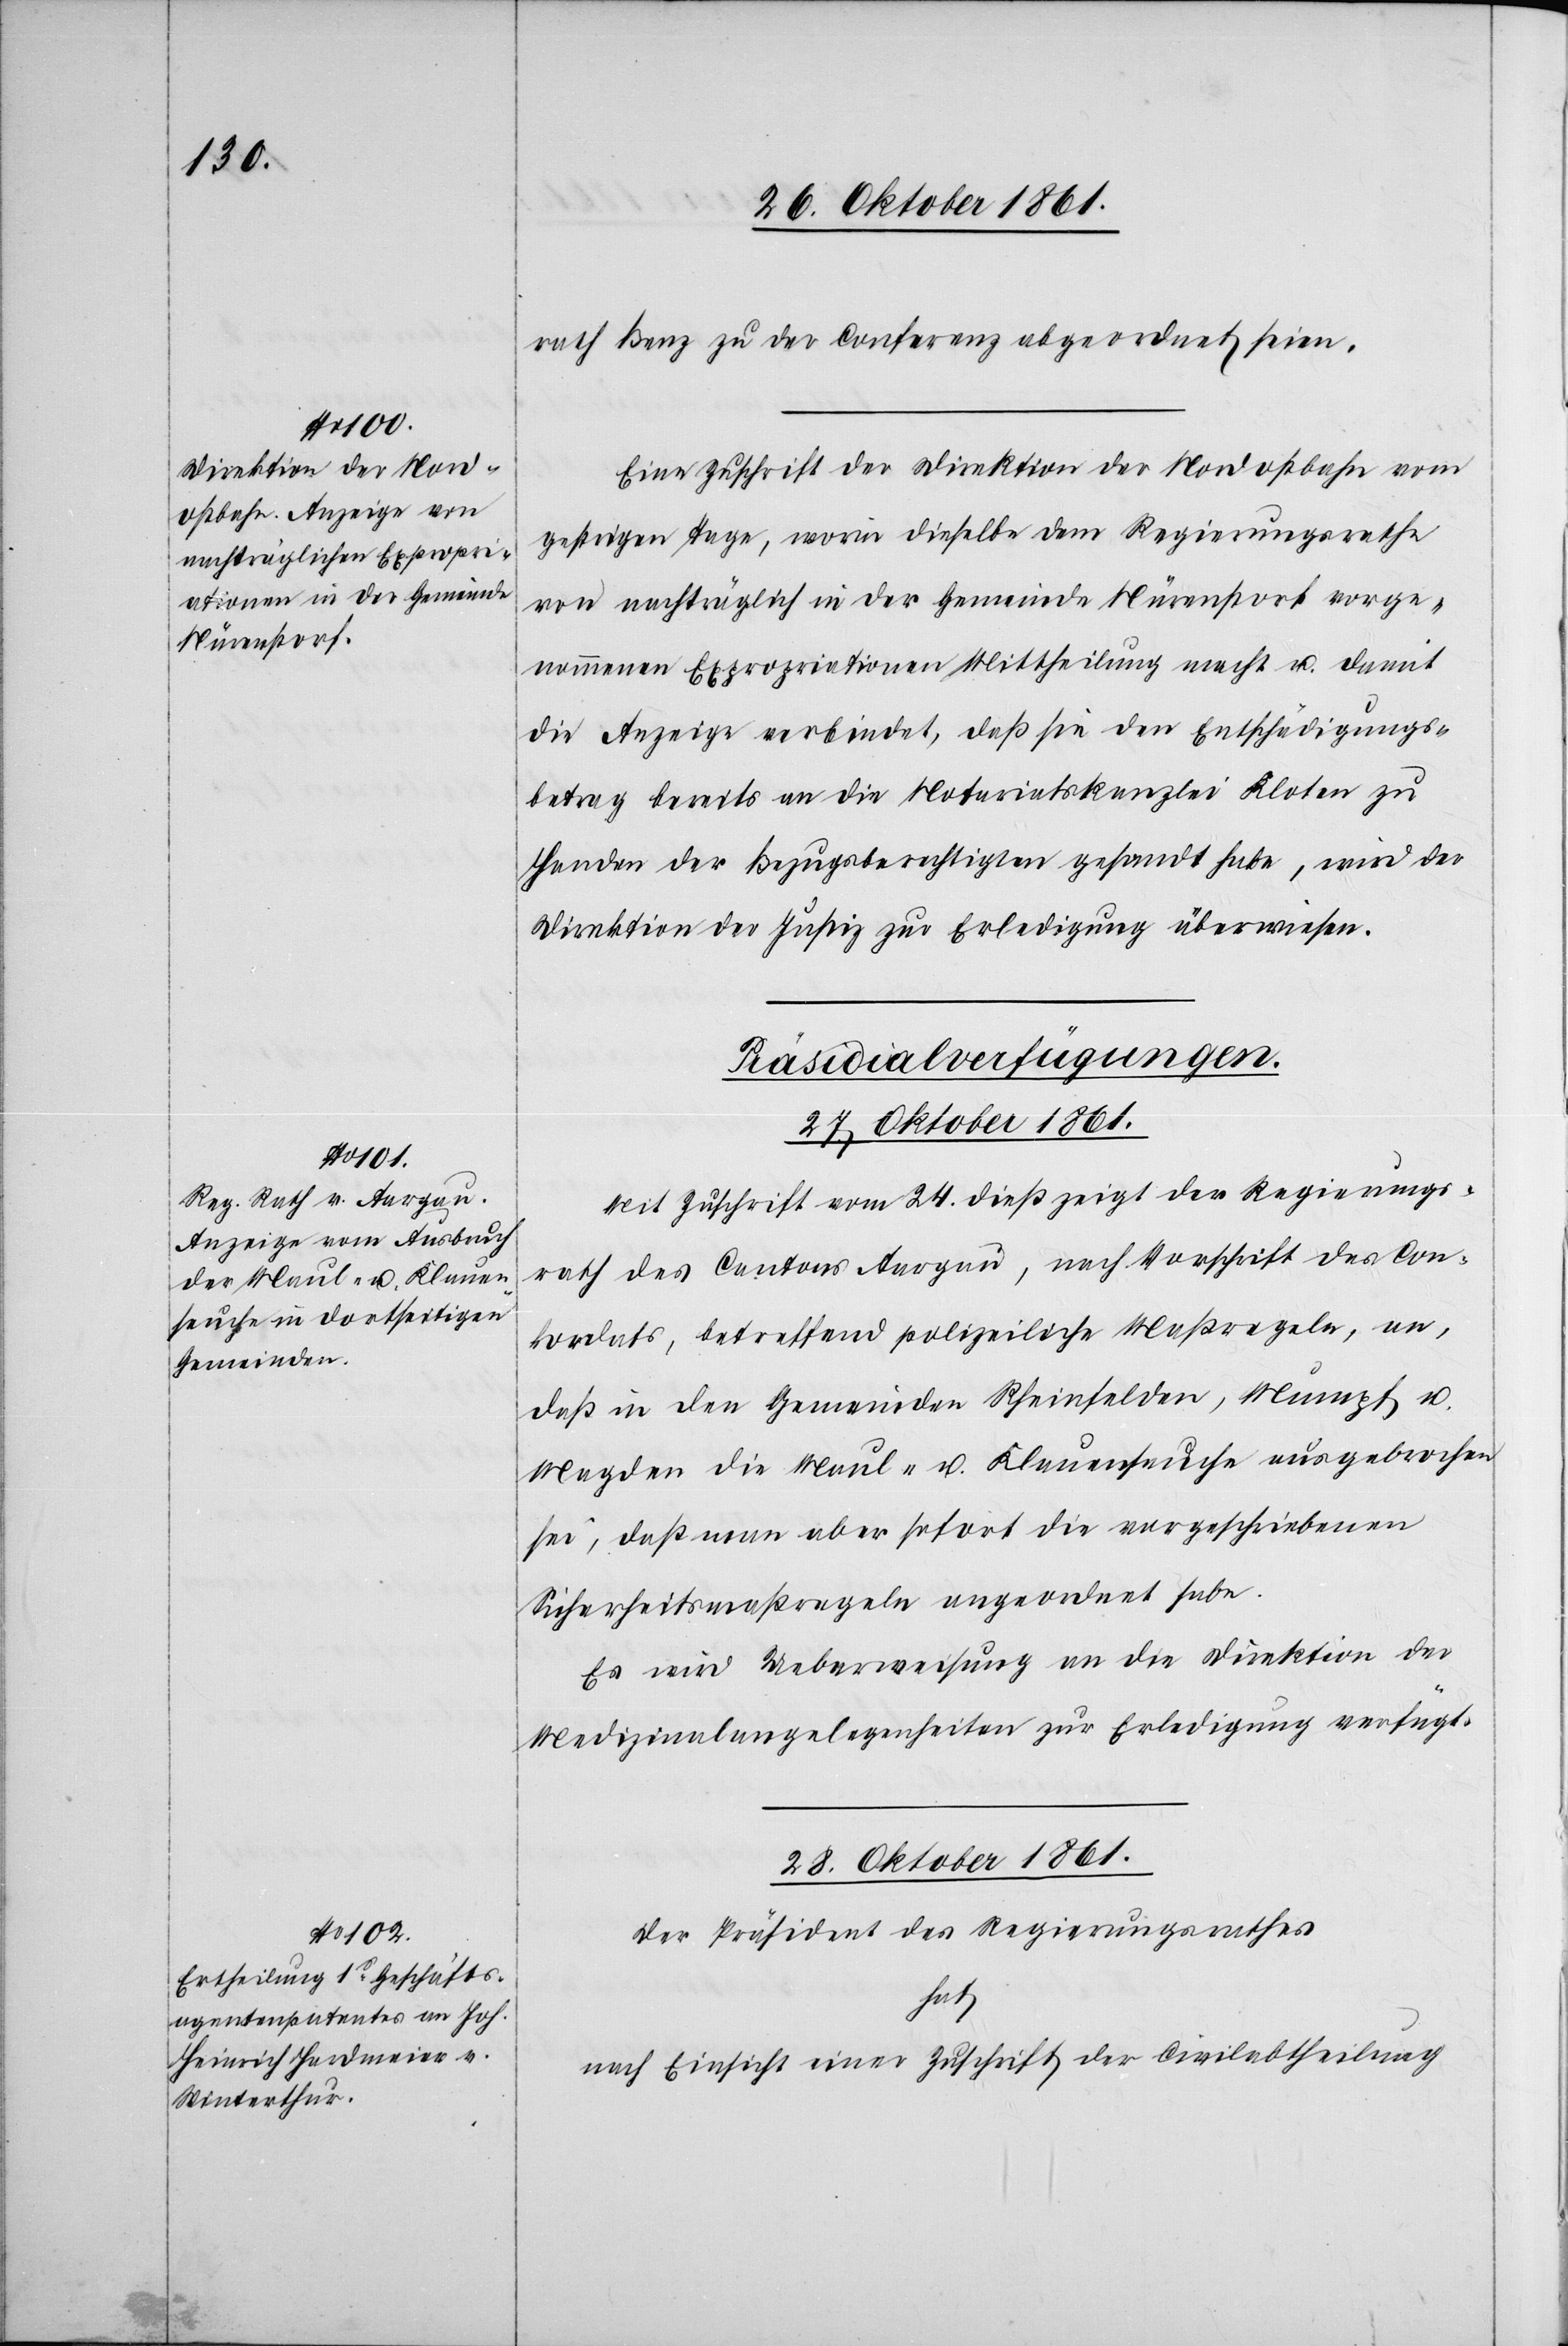
rath Benz zu der Conferenz abgeordnet seien.
Eine Zuschrift der Direktion der Nordostbahn vom
gestrigen Tage, worin dieselbe dem Regierungsrathe
von nachträglich in der Gemeinde Nürenstorf vorge¬
nommenen Expropriationen Mittheilung macht u. damit
die Anzeige verbindet, daß sie den Entschädigungs¬
betrag bereits an die Notariatskanzlei Kloten zu
Handen der Bezugsberechtigten gesandt habe, wird der
Direktion der Justiz zur Erledigung überwiesen.
[Präsidial-Verfügungen.]
28 Oktober 1861.
Mit Zuschrift vom 24 dieß zeigt der Regierungs¬
rath des Cantons Aargau, nach Vorschrift des Con¬
kordats, betreffend polizeiliche Maßregeln, an
daß in den Gemeinden Rheinfelden, Mumpf u.
Magden die Maul- u. Klauenseuche ausgebrochen
sei, daß man aber sofort die vorgeschriebenen
Sicherheitsmaßregeln angeordnet habe.
Es wird Ueberweisung an die Direktion der
Medizinalangelegenheiten zur Erledigung verfügt.
Der Präsident des Regierungsrathes
hat
nach Einsicht einer Zuschrift der Civilabtheilung